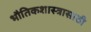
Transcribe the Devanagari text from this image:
भौतिकशास्त्रासाठी